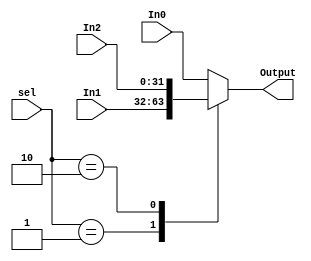
/******************************************************************
* Description
*	Mux 3 to 1
* Version:
*	1.0
* Author:
*	Jesus Martin Barroso
* email:
*	jesus.martin@iteso.mx
* Date:
*	20/02/2021
******************************************************************/
module Mux_3_1
#(
	parameter NBits=32
)
(
	input [1:0]sel,
	input [NBits-1:0] In0,
	input [NBits-1:0] In1,
	input [NBits-1:0] In2,
	
	output reg [NBits-1:0] Output

);

   	always@(*) begin
		case(sel)
			2'b00: Output = In0;
			2'b01: Output = In1;
			2'b10: Output = In2;
			default: Output = In0;
		endcase
	end
	
endmodule